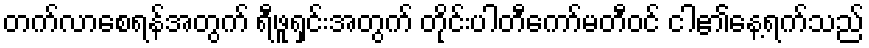
တက်လာစေရန်အတွက် ရီဖူရှင်းအတွက် တိုင်းပါတီကော်မတီဝင် ငါ၏နေ့ရက်သည်